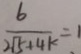
\frac { 6 } { 2 \sqrt { 5 } + 4 k } = 1